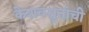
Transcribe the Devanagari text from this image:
केशवसुतांची